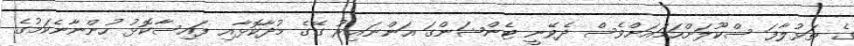
ގެ ތަޅުލާފަ ސްކޫލަށްހަމައަށްވެސް ދެވޭނީ ޓެންޝަންގަ އަންނައިރު ގޭގެ މުދާކޮޅާއި ފައިސާކޮޅު ހުންނާނެކަމުގެ